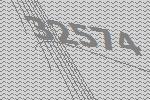
32574